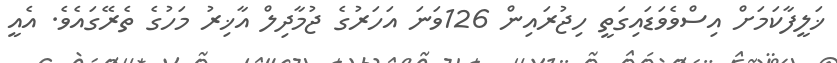
ޚަލީފާކަމަށް އިސްވެވަޑައިގަތީ ހިޖުރައިން 126ވަނަ އަހަރުގެ ޖުމާދިލް އާޚިރު މަހުގެ ތެރޭގައެވެ. އެއީ